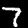
Digit: 7